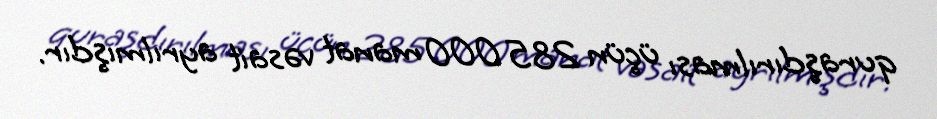
quraşdırılması üçün 285 000 manat vəsait ayrılmışdır.